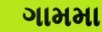
ગામમા